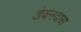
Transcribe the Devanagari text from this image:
डेवनदास